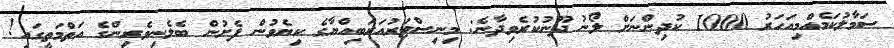
ސަމާލުކަމެއްމިއަހަރު 1000 ކުދިންނަށް ލޯނު ދޫނުކުރެވިދާނެ: މިނިސްޓަރުއަރަބިއްޔާގެ ކިޔެވުން ފެށުން ބެލެނިވެރިންގެ އަތްމަތީގައި!